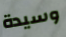
وسيدة